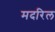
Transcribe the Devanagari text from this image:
मदरिल